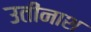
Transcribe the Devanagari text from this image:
उतीनाश